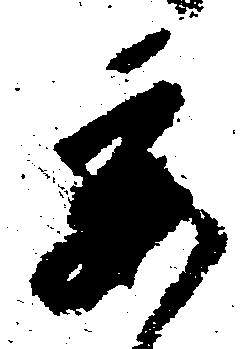
委